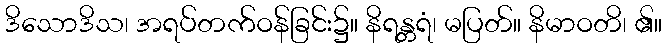
ဒိသောဒိသ၊ အရပ်တက်ဝန်ခြင်း၌။ နိရန္တရံ၊ မပြတ်။ နိမာဝတိ၊ ၏။